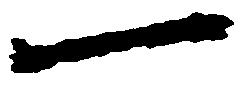
一